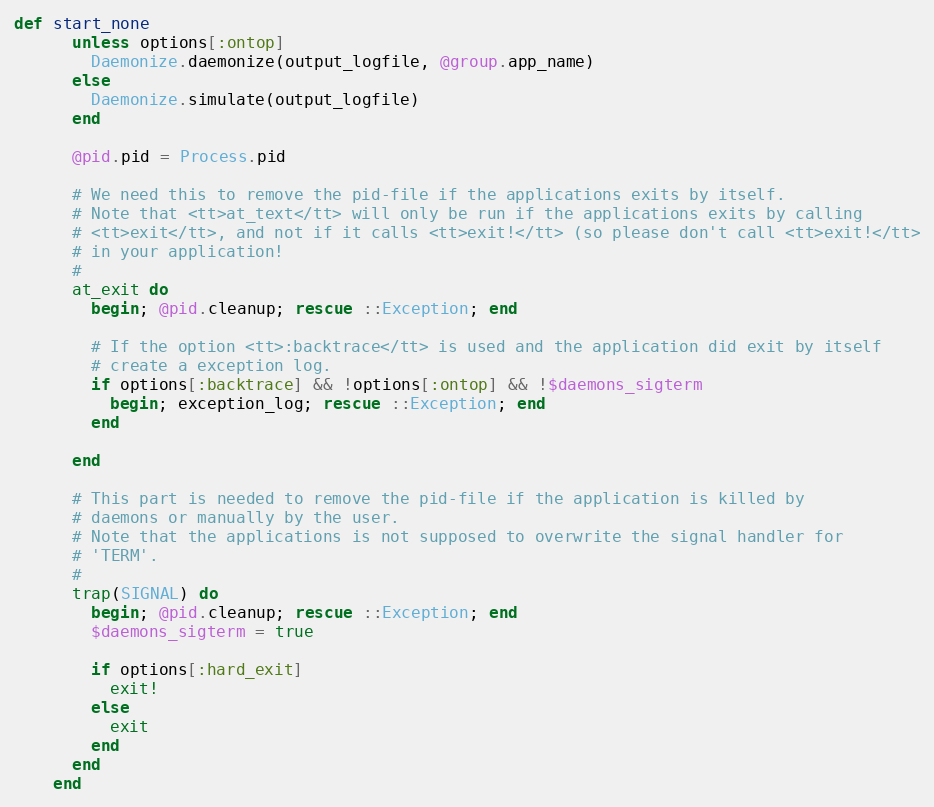
Language: Ruby
def start_none
      unless options[:ontop]
        Daemonize.daemonize(output_logfile, @group.app_name)
      else
        Daemonize.simulate(output_logfile)
      end

      @pid.pid = Process.pid

      # We need this to remove the pid-file if the applications exits by itself.
      # Note that <tt>at_text</tt> will only be run if the applications exits by calling
      # <tt>exit</tt>, and not if it calls <tt>exit!</tt> (so please don't call <tt>exit!</tt>
      # in your application!
      #
      at_exit do
        begin; @pid.cleanup; rescue ::Exception; end

        # If the option <tt>:backtrace</tt> is used and the application did exit by itself
        # create a exception log.
        if options[:backtrace] && !options[:ontop] && !$daemons_sigterm
          begin; exception_log; rescue ::Exception; end
        end

      end

      # This part is needed to remove the pid-file if the application is killed by
      # daemons or manually by the user.
      # Note that the applications is not supposed to overwrite the signal handler for
      # 'TERM'.
      #
      trap(SIGNAL) do
        begin; @pid.cleanup; rescue ::Exception; end
        $daemons_sigterm = true

        if options[:hard_exit]
          exit!
        else
          exit
        end
      end
    end